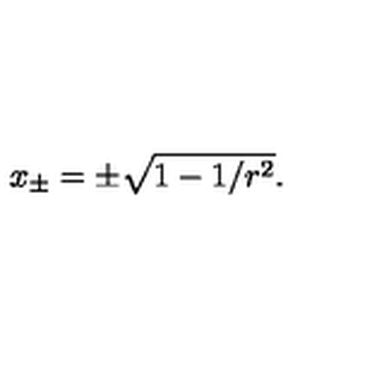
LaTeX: x _ { \pm } = \pm \sqrt { 1 - 1 / r ^ { 2 } } .